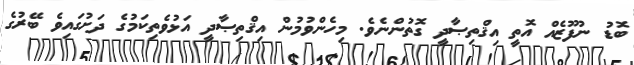
ބޮޑު ނުފޫޒެއް އޮތީ އިޤްތިޞާދީ ގޮތުންނެވެ. މިހެންވުމުން އިޤްތިޞާދީ އަޅުވެތިކަމުގެ ދަށުގައިވެ ބޭރުގެ